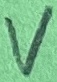
Text: V